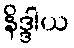
နိဒ္ဒါယ